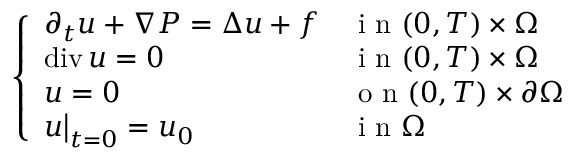
\begin{array} { r } { \left\{ \begin{array} { l l } { \partial _ { t } u + \nabla P = \Delta u + f } & { \mathrm { ~ i ~ n ~ } ( 0 , T ) \times \Omega } \\ { \operatorname { d i v } u = 0 } & { \mathrm { ~ i ~ n ~ } ( 0 , T ) \times \Omega } \\ { u = 0 } & { \mathrm { ~ o ~ n ~ } ( 0 , T ) \times \partial \Omega } \\ { u \bigr \rvert _ { t = 0 } = u _ { 0 } } & { \mathrm { ~ i ~ n ~ } \Omega } \end{array} \right. } \end{array}